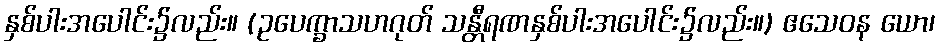
နှစ်ပါးအပေါင်း၌လည်း။ (ဥပေက္ခာသဟဂုတ် သန္တီရဏနှစ်ပါးအပေါင်း၌လည်း။) ဧသေဝန ယော၊